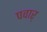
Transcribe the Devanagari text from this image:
पवार्